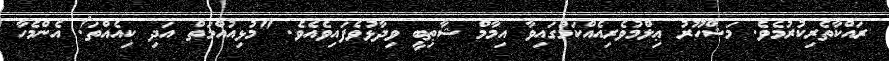
ރައްކާތެރިކުރުމެވެ. މަޝްހޫރު ޢިލްމުވެރިއެއްކަމުގައިވާ އިމާމް ޝާޠިބީ ވިދާޅުވެފައިވެއެވެ. "މުޅިއުއްމަތް އަދި ކިއެއްތަ! އެންމެހާ